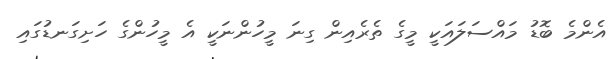
އެންމެ ބޮޑު މައްސަލައަކީ މީގެ ތެރެއިން ގިނަ މީހުންނަކީ އެ މީހުންގެ ހަށިގަނޑުގައި